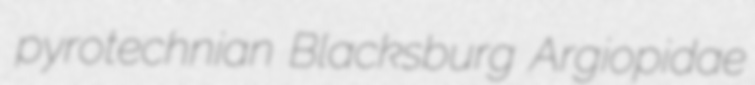
pyrotechnian Blacksburg Argiopidae